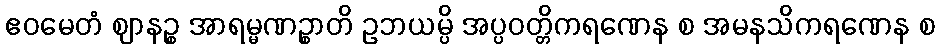
ဧဝမေတံ ဈာနဉ္စ အာရမ္မဏဉ္စာတိ ဥဘယမ္ပိ အပ္ပဝတ္တိကရဏေန စ အမနသိကရဏေန စ